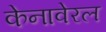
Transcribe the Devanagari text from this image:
केनावेरल